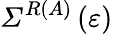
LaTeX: {\mathit{\Sigma}}^{R\left(A\right)}\left(\varepsilon\right)